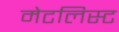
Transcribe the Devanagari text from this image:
मेटलिस्ट